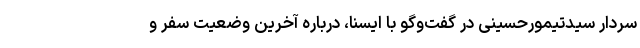
سردار سیدتیمورحسینی در گفت‌وگو با ایسنا، درباره آخرین وضعیت سفر و